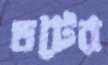
ডটের